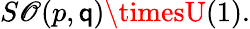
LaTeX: S\mathscr{O}(p,\mathsf{q})\timesU(1).